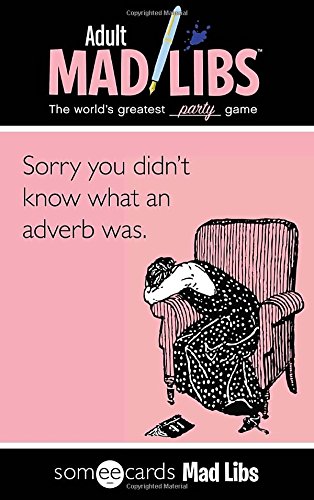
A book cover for Someecards Mad Libs; Walter Burns; Humor & Entertainment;